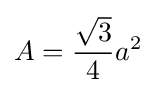
A={\frac {\sqrt {3}}{4}}a^{2}\,\!